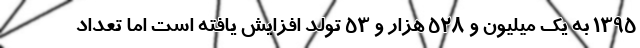
١٣٩٥ به یک میلیون و ٥٢٨ هزار و ٥٣ تولد افزایش یافته است اما تعداد